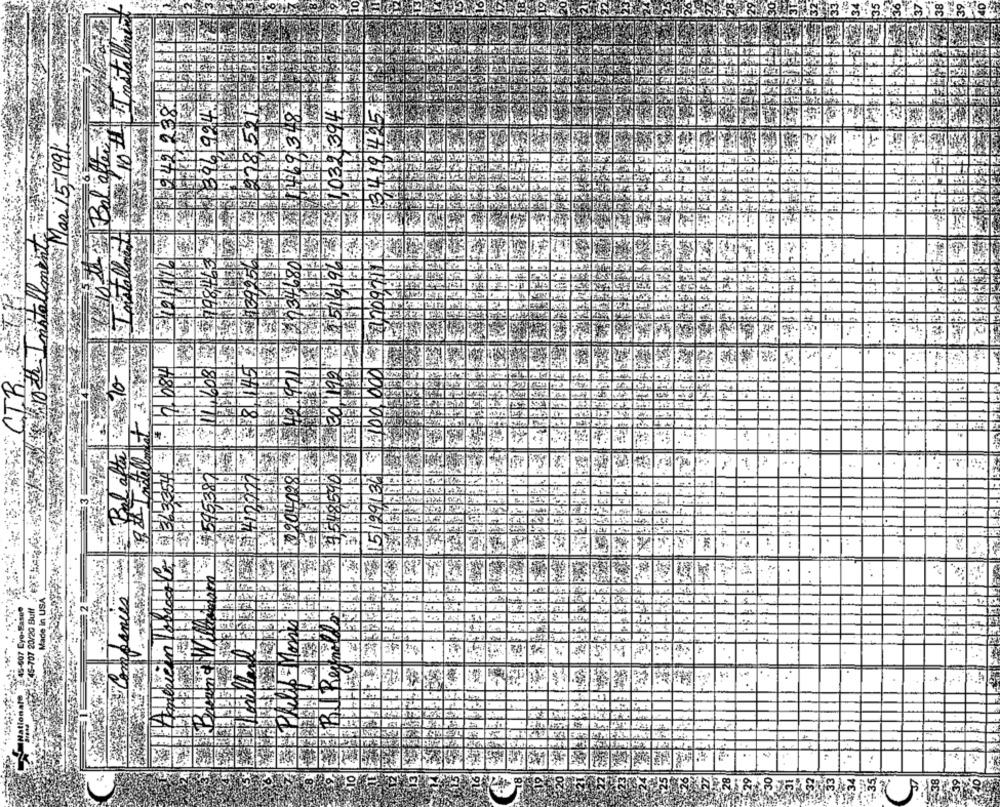
83519
Mar 15,1991
19.42
200317
45
0, 000
ta
1
03/16-707 20/20 Buff
:
.
Made in USA
3145-607 Cyo-Fasen
Nationale